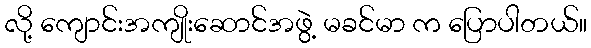
လို့ ကျောင်းအကျိုးဆောင်အဖွဲ့ မခင်မာ က ပြောပါတယ်။